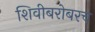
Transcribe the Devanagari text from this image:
शिवीबरोबरच